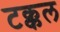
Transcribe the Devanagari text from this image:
टक्कल